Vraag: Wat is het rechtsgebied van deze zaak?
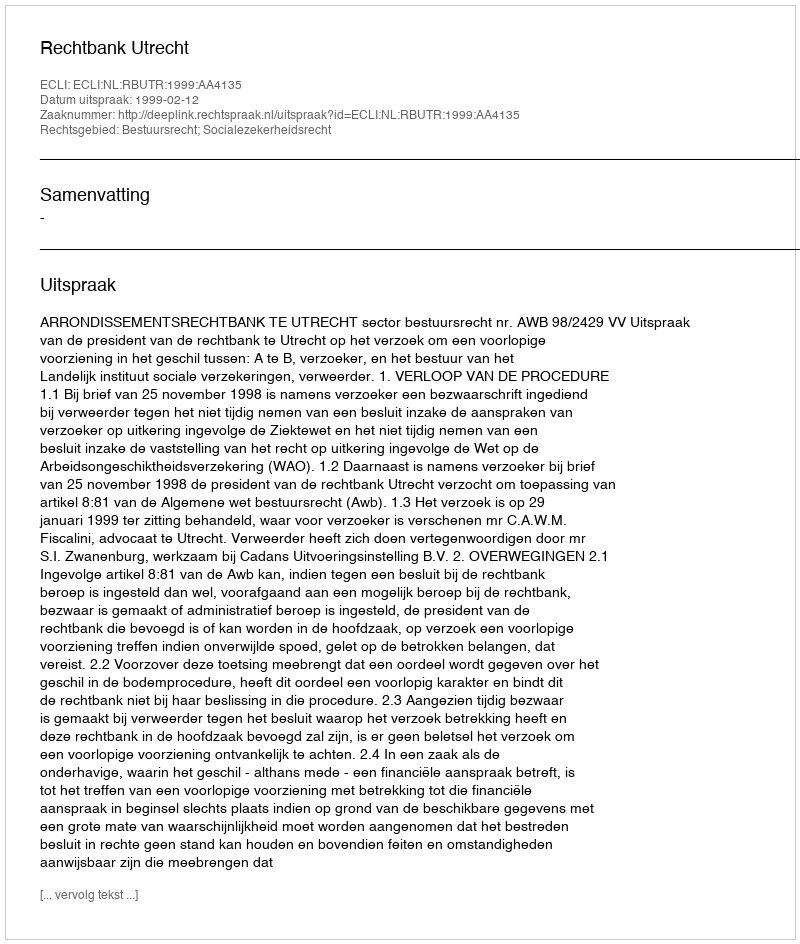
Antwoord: Bestuursrecht; Socialezekerheidsrecht